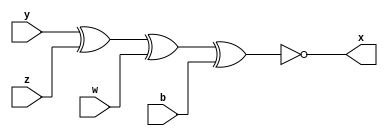
// ---------------------
// Guia 01_01 XNOR
// Nome: Marley Ribeiro	
// ---------------------

// ---------------------
// --  xnor gate
// ---------------------

 module xnorgate ( x, y , z , w ,b);
  output x;
  input y , z, w, b;
  
  assign x =  ~(y ^ z ^ w ^ b) ;
	
 endmodule // xnorgate	
	
// ---------------------
// -- test xnor gate
// ---------------------
 

  module testexnorgate;
   reg  f ,g ,k ,m ;
   wire h;
	
//instancia

	xnorgate xnor1 ( h, f, g , k , m);
	
//parte principal

initial begin

$display(" Marley Ribeiro - 414510 ");
$display(" Test xnor gate ");
$display(" \n a ^ b ^ c ^ m =s\n");
f=0; g=0; k=0; m=0;

#1  $display("%b ^ %b ^ %b ^ %b = %b", f, g, k ,m, h);
      f=1; g=1 ; k=1;

#1  $display("%b ^ %b ^ %b ^ %b = %b", f, g, k ,m, h);
      f=1; g=1 ; k=0;

#1  $display("%b ^ %b ^ %b ^ %b = %b", f, g, k ,m, h);
      f=1; g=1 ; k=1;

#1  $display("%b ^ %b ^ %b ^ %b = %b", f, g, k ,m, h);
      f=1; g=1 ; k=0;

#1  $display("%b ^ %b ^ %b ^ %b = %b", f, g, k ,m, h);
      f=1; g=0 ; k=1;

#1  $display("%b ^ %b ^ %b ^ %b = %b", f, g, k ,m, h);
      f=1; g=0 ; k=0;

#1  $display("%b ^ %b ^ %b ^ %b = %b", f, g, k ,m, h);
      f=1; g=0 ; k=1;

#1  $display("%b ^ %b ^ %b ^ %b = %b", f, g, k ,m, h);
      f=1; g=0 ; k=0;

#1  $display("%b ^ %b ^ %b ^ %b = %b", f, g, k ,m, h);
      f=0; g=1 ; k=1;

#1  $display("%b ^ %b ^ %b ^ %b = %b", f, g, k ,m, h);
      f=0; g=1 ; k=0;

#1  $display("%b ^ %b ^ %b ^ %b = %b", f, g, k ,m, h);
      f=0; g=1 ; k=1;

#1  $display("%b ^ %b ^ %b ^ %b = %b", f, g, k ,m, h);
      f=0; g=1 ; k=0;

#1  $display("%b ^ %b ^ %b ^ %b = %b", f, g, k ,m, h);
      f=0; g=0 ; k=1;

#1  $display("%b ^ %b ^ %b ^ %b = %b", f, g, k ,m, h);
      f=0; g=0 ; k=0;

#1  $display("%b ^ %b ^ %b ^ %b = %b", f, g, k ,m, h);
      f=0; g=0 ; k=1;

#1  $display("%b ^ %b ^ %b ^ %b = %b", f, g, k ,m, h);
      
end    


endmodule // testxnorgate